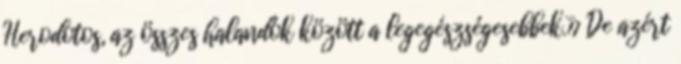
Herodotos, az összes halandók között a legegészségesebbek.» De azért